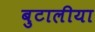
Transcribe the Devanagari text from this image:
बुटालीया